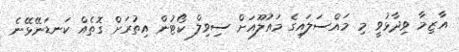
އާޒިމާ ވިދާޅުވީ މި މައްސަލައިގެ މައުލޫއަށް ސިވިލް ކޯޓުން އިތުރަށް ގޮތެއް ކަނޑަނޭޅޭނެ